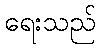
ရေးသည်